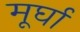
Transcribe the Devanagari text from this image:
मूर्घा